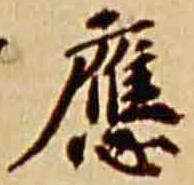
応